Indian journal of veterinary science and animal husbandry - Volumes 15-17, 1948-1951
Year: 1948
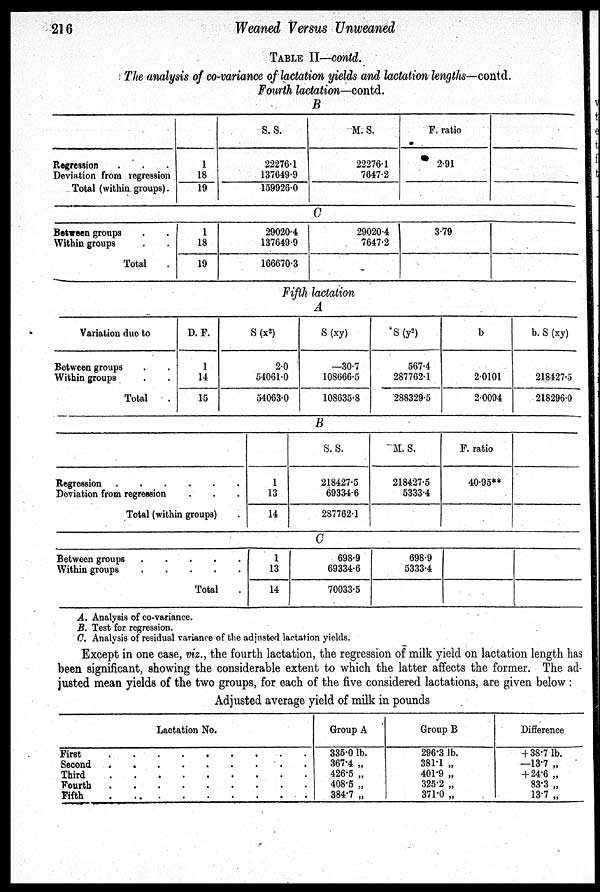
216
Weaned Versus Unweaned
TABLE II—contd.
The analysis of co-variance of lactation yields and lactation lengths-—contd.
Fourth lactation—contd.
B
Regression . . .
Deviation from regression
Total (within groups).
1
18
19
S. S.
22276.1
137649.9
159926.0
M. S.
22276.1
7647.2
F. ratio
2.91
C
Between groups . .
Within groups . .
Total .
1
18
19
29020.4
137649.9
166670.3
29020.4
7647.2
-
3.79
Fifth lactation
A
Variation duo to
Between groups . .
Within groups . .
Total .
D. F.
1
14
15
S (x 2 )
2.0
54061.0
54063.0
S (xy)
—30.7
108666.5
108635.8
S (y 2 )
567.4
287762.1
288329.5
b
2.0101
2.0094
b. S (xy)
218427.5
218296.0
B
Regression
.
.
.
.
.
.
Deviation from regression . . .
Total (within groups) .
1
13
14
S. S.
218427.5
69334.6
287762.1
M. S.
218427.5
5333.4
F. ratio
40.95**
C
Between groups . . . . .
Within groups . . . . .
Total .
1
13
14
698.9
69334.6
70033.5
698.9
5333.4
A. Analysis of co-variance.
B. Test for regression.
C. Analysis of residual variance of the adjusted lactation yields.
Except in one case, viz., the fourth lactation, the regression of milk yield on lactation length has
been significant, showing the considerable extent to which the latter affects the former. The ad-
justed mean yields of the two groups, for each of the five considered lactations, are given below :
Adjusted average yield of milk in pounds
Lactation No.
First . . . . . . . . .
Second . . . . . . . . .
Third . . . . . . . . .
Fourth . . . . . . . . .
Fifth . . . . . . . . .
Group A
335.0 lb.
367.4 „
426.5 „
408.5 „
384.7 „
Group B
296.3 lb.
381.1 „
401.9 „
325.2 „
371.0 „
Difference
+ 38.7 lb.
—13.7 „
+24.6 „
83.3 „
13.7 „